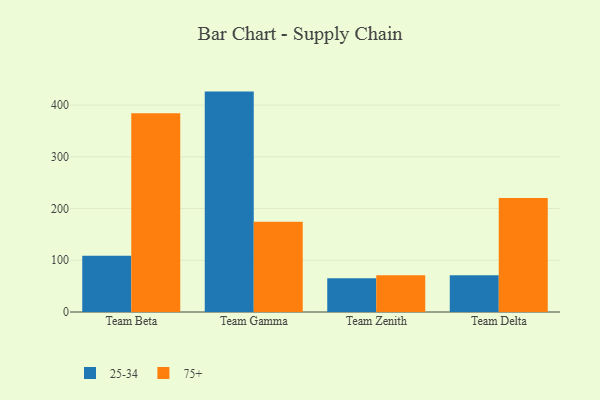
{"axis": {"x": "Team", "y": "Website Visitors"}, "legend": ["25-34", "75+"], "data": [{"x": "Team Beta", "y": 108.9, "type": "25-34"}, {"x": "Team Beta", "y": 384.3, "type": "75+"}, {"x": "Team Gamma", "y": 426.1, "type": "25-34"}, {"x": "Team Gamma", "y": 174.6, "type": "75+"}, {"x": "Team Zenith", "y": 65.1, "type": "25-34"}, {"x": "Team Zenith", "y": 71.1, "type": "75+"}, {"x": "Team Delta", "y": 70.9, "type": "25-34"}, {"x": "Team Delta", "y": 220.6, "type": "75+"}]}